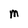
Character: m